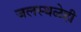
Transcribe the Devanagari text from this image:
जलस्थळेही